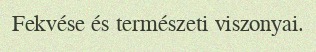
Fekvése és természeti viszonyai.